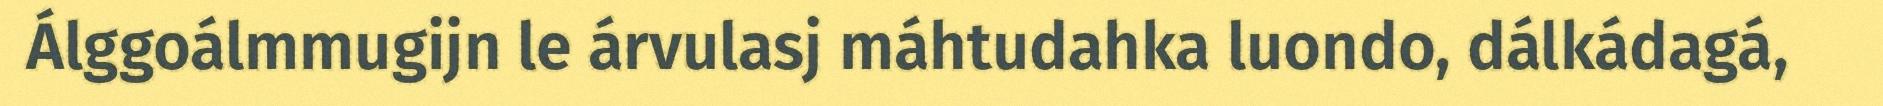
Álggoálmmugijn le árvulasj máhtudahka luondo, dálkádagá,